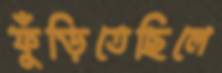
ফুঁড়িতেছিলে